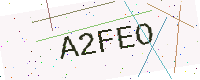
Text: A2FEO